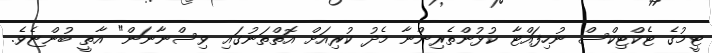
ޓީމުގެ ޓެކްޓިކްސް ނުހިފައްޓާ ކުޅުންތެރިންނާ މެދު ކުރިއަށް އޮތްތަނުގައި ވިސްނާނަން" އާތީ ބުންޏެވެ.